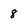
Character: 8